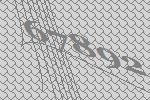
67892